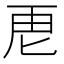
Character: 𮓘